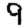
Digit: 9